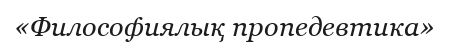
«Философиялық пропедевтика»